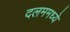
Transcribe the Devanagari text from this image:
दलममध्ये